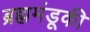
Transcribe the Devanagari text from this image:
ब्रह्ममंडूकी